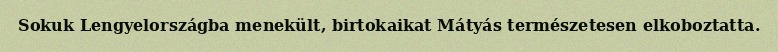
Sokuk Lengyelországba menekült, birtokaikat Mátyás természetesen elkoboztatta.